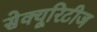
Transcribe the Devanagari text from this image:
सेक्यूरिटीज